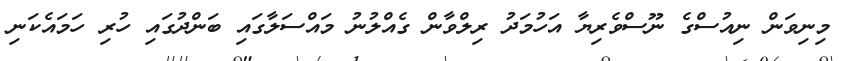
މިނިވަން ނިއުސްގެ ނޫސްވެރިޔާ އަހުމަދު ރިލްވާން ގެއްލުނު މައްސަލާގައި ބަންދުގައި ހުރި ހަމައެކަނި